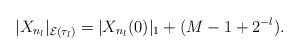
\begin{align*}|X_{n_l}|_{\mathcal{E}(\tau_l)} = |X_{n_l}(0)|_1 + (M - 1 + 2^{-l}).\end{align*}